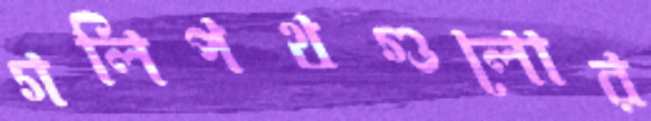
গলিপথগুলোর